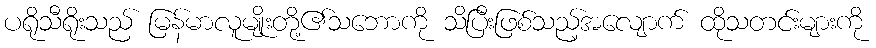
ပရိုသီရိုးသည် မြန်မာလူမျိုးတို့၏သဘောကို သိပြီးဖြစ်သည့်အလျောက် ထိုသတင်းများကို